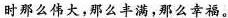
时那么伟大，那么丰满，那么幸福。